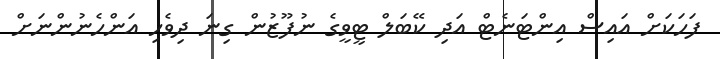
ފަހަކަށް އައިސް އިންޓަނެޓް އަދި ކޭބަލް ޓީވީގެ ނުފޫޒުން ގިނަ ދިވެހި އަންހެނުންނަށް